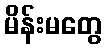
မိန်းမတွေ